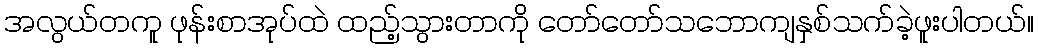
အလွယ်တကူ ဖုန်းစာအုပ်ထဲ ထည့်သွားတာကို တော်တော်သဘောကျနှစ်သက်ခဲ့ဖူးပါတယ်။